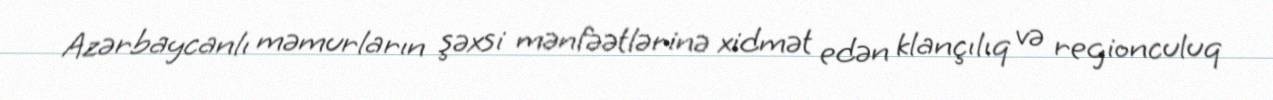
Azərbaycanlı məmurların şəxsi mənfəətlərinə xidmət edən klançılıq və regionculuq